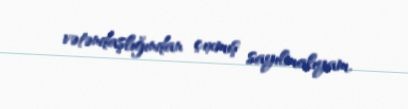
vətəndaşlığından çıxmış sayılmalıyam.